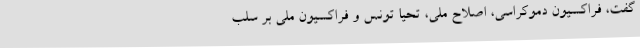
گفت، فراکسیون دموکراسی، اصلاح ملی، تحیا تونس و فراکسیون ملی بر سلب